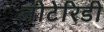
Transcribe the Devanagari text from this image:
नोटेरिडी